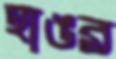
হাঙর